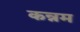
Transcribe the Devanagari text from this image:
कन्नम